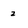
Character: 2